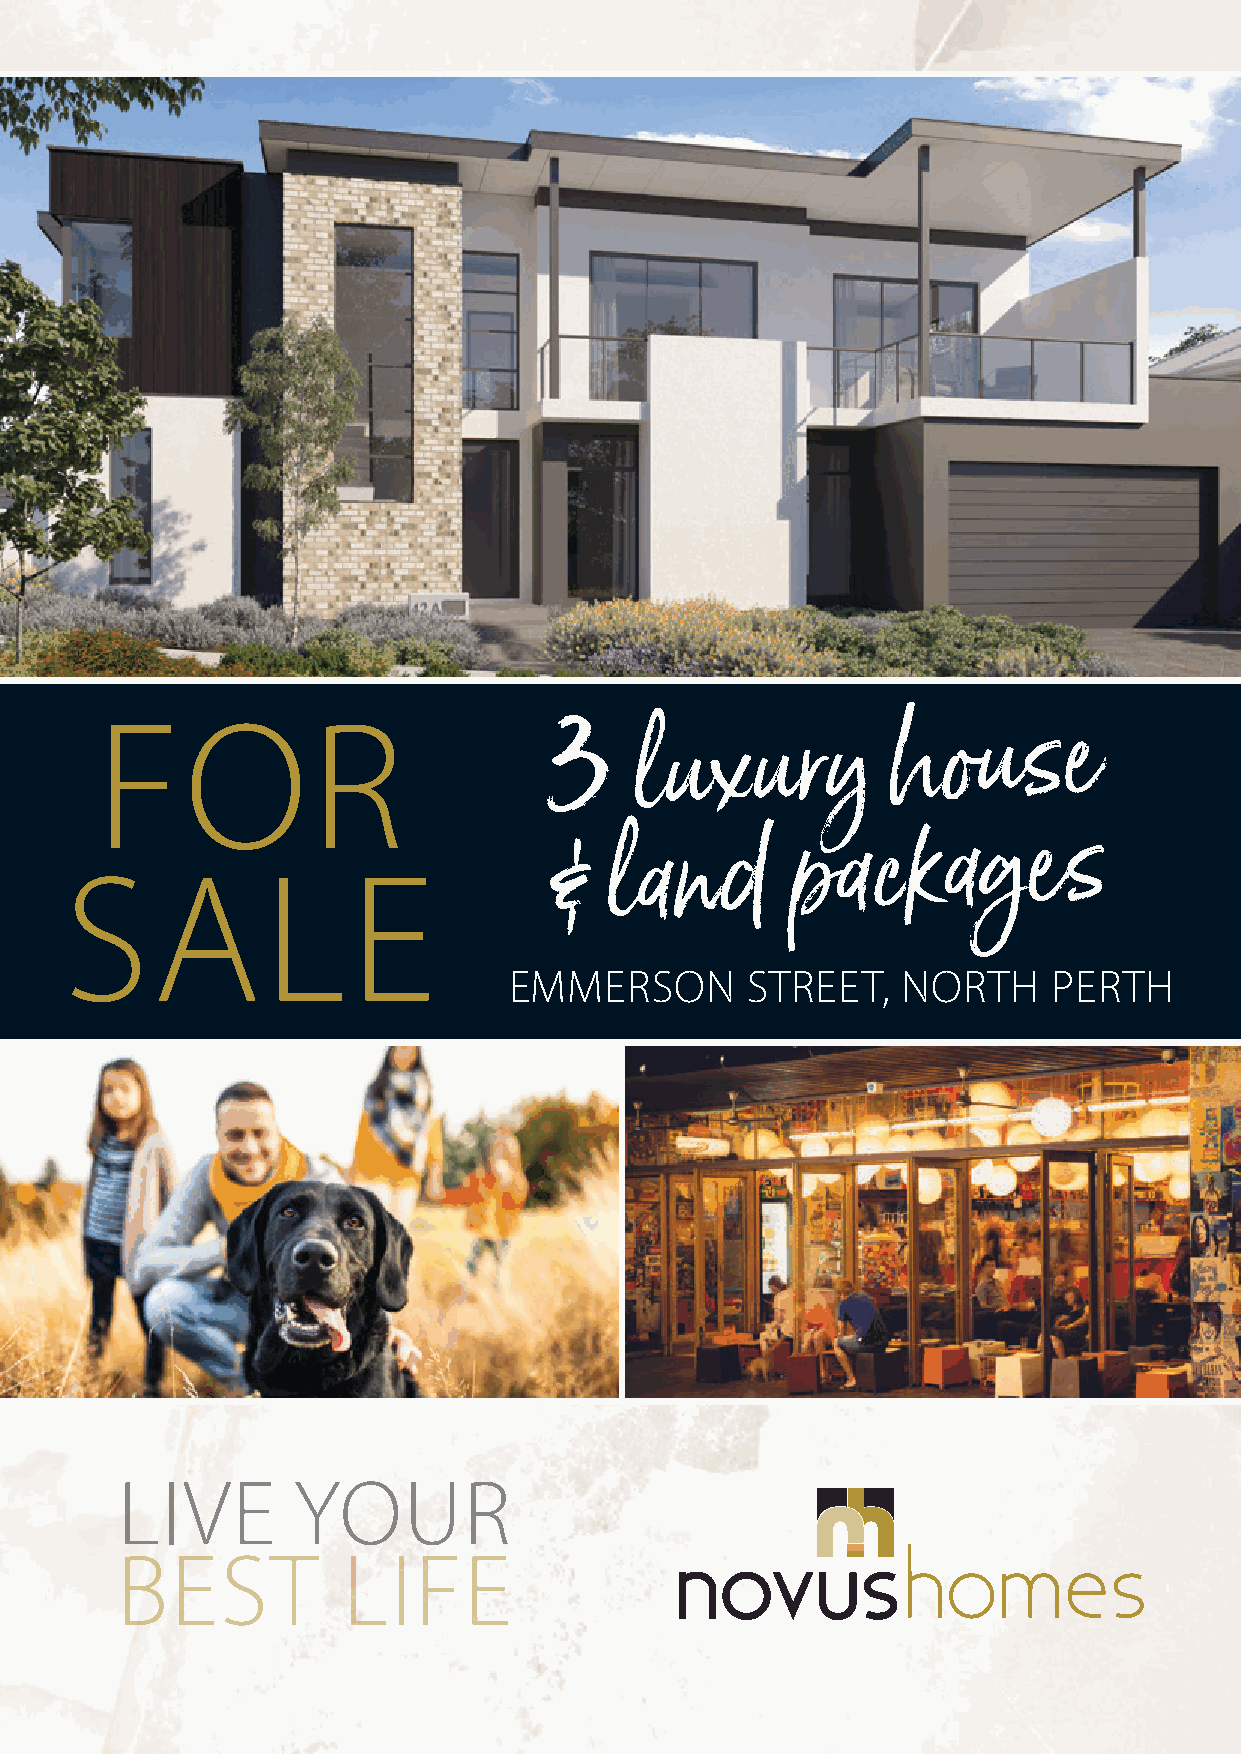
FOR
 3
 luxury
 house
 SALE                             &  land
 packages
 EMMERSON       STREET,    NORTH     PERTH